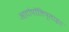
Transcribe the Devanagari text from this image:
आटोपॉलिप्लाइड